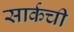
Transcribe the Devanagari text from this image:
सार्कची